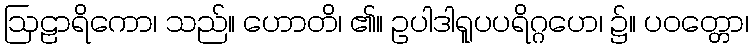
ဩဠာရိကော၊ သည်။ ဟောတိ၊ ၏။ ဥပါဒါရူပပရိဂ္ဂဟေ၊ ၌။ ပဝတ္တော၊